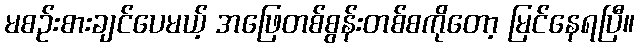
မစဉ်းစားချင်ပေမယ့် အဖြေတစ်စွန်းတစ်စကိုတော့ မြင်နေရပြီ။